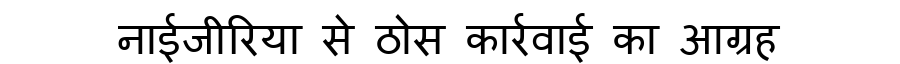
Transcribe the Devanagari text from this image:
नाईजीरिया से ठोस कार्रवाई का आग्रह